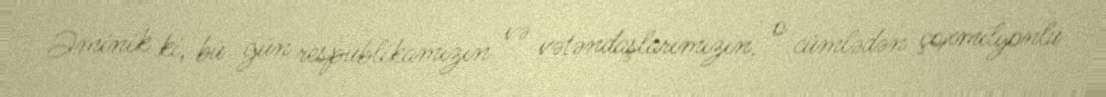
Əminik ki, bu gün respublikamızın və vətəndaşlarımızın, o cümlədən çoxmilyonlu